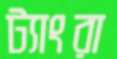
ট্যাংরা